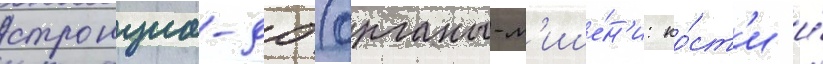
стронциа-90 (органы-м'ише́н'и: ко́ст'и и́